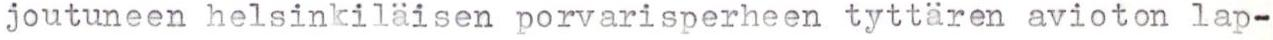
joutuneen helsinkiläisen porvarisperheen tyttären avioton lap-